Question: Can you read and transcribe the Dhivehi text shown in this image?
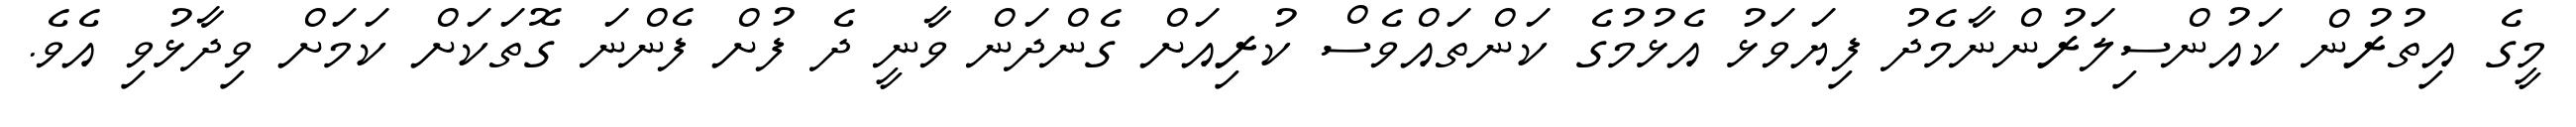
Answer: މީގެ އިތުރުން ކައުންސިލަރުންނާމެދު ފިޔަވަޅު އެޅުމުގެ ކަންތައްވެސް ކުރިއަށް ގެންދަން ވާނީ ދެ ފުށް ފެންނަ ގޮތަކަށް ކަމަށް ވިދާޅުވި އެވެ.